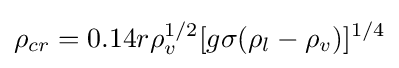
\rho _{cr}=0.14r\rho _{v}^{1/2}[g\sigma (\rho _{l}-\rho _{v})]^{1/4}